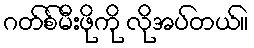
ဂတ်စ်မီးဖိုကို လိုအပ်တယ်။